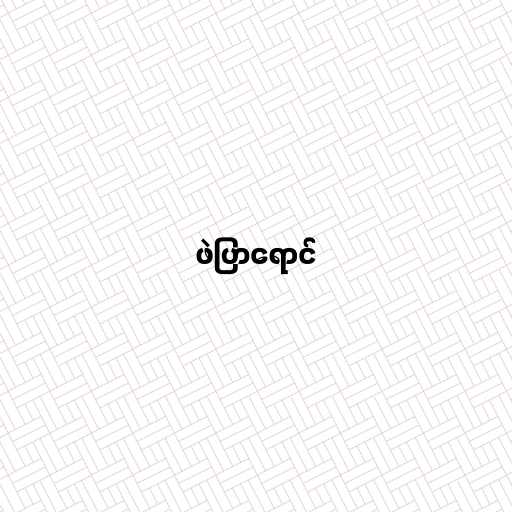
ဖဲပြာရောင်